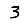
Digit: 3